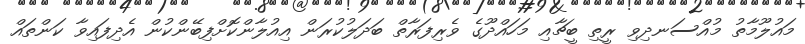
މައުލޫމާތު މުއްސަނދިވި ރީތި ބީޗާއި މަހައްދޫގެ ވެރިފަރާތް ބަދަލުކުރަން އިއުލާންކޮށްފިބޭންކުން އެދިފައިވާ ކަންތައް